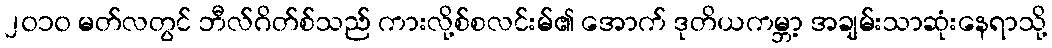
၂၀၁၀ မတ်လတွင် ဘီလ်ဂိတ်စ်သည် ကားလို့စ်စလင်းမ်၏ အောက် ဒုတိယကမ္ဘာ့ အချမ်းသာဆုံးနေရာသို့